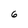
Character: 6